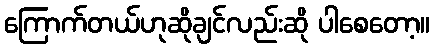
ကြောက်တယ်ဟုဆိုချင်လည်းဆို ပါစေတော့။